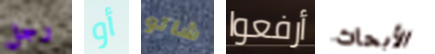
رجل أو شاتو أرفعوا الأبحاث